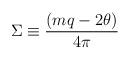
LaTeX: \begin{align*}\Sigma \equiv {{(m q - 2\theta )} \over {4\pi}} \end{align*}